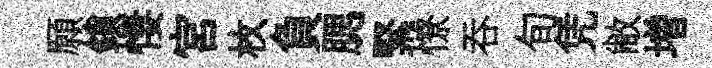
願鎖悽宫枚負腮緊憭吞旬凭敝増